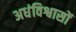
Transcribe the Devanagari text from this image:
अधंविश्वासों